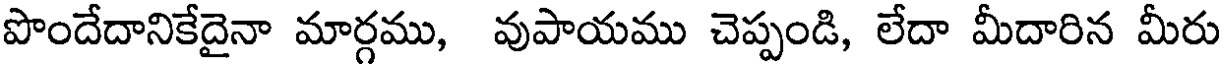
పొందేదానికేదైనా మార్గము, వుపాయము చెప్పండి, లేదా మీదారిన మీరు